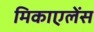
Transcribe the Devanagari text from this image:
मिकाएलेंस